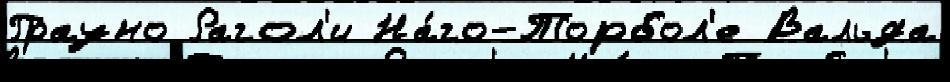
Грауно Рагол'и На́го-Торбол'е Вальда